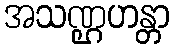
အသဏ္ဌဟန္တာ